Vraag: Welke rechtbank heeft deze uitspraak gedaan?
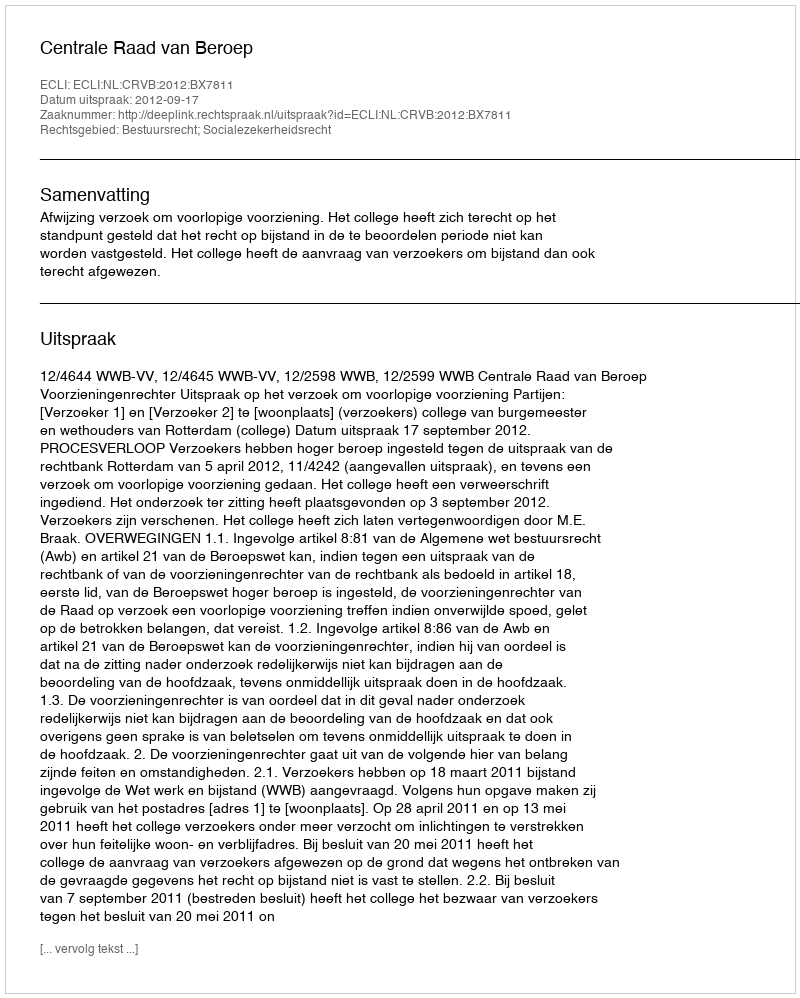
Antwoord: Centrale Raad van Beroep